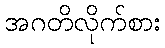
အဂတိလိုက်စား